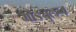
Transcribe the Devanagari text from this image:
मोड्युलन